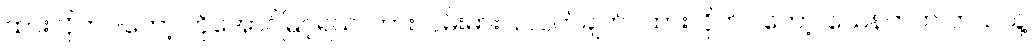
ထားလိုက်ပါတော့ ကိုအောင်မြင့်ရယ်၊ ကားလမ်းဓားပြ လက်ချက်ပဲထားလိုက်ပါတော့၊ သေနတ်က ဘယ်သူ့